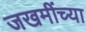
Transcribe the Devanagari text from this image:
जखमींच्या